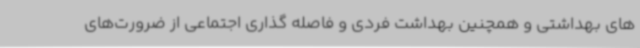
های بهداشتی و همچنین بهداشت فردی و فاصله گذاری اجتماعی از ضرورت‌های